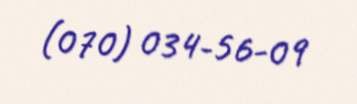
(070) 034-56-09